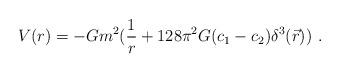
LaTeX: \begin{align*}V(r)= -G m^2 ({1\over r}+128\pi^2G(c_1 - c_2)\delta^3(\vec{r}))~.\end{align*}